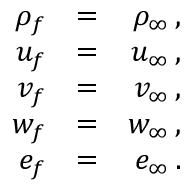
\begin{array} { r l r } { \rho _ { f } } & { = } & { \rho _ { \infty } \, \mathrm { , } } \\ { u _ { f } } & { = } & { u _ { \infty } \, \mathrm { , } } \\ { v _ { f } } & { = } & { v _ { \infty } \, \mathrm { , } } \\ { w _ { f } } & { = } & { w _ { \infty } \, \mathrm { , } } \\ { e _ { f } } & { = } & { e _ { \infty } \, \mathrm { . } } \end{array}